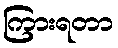
ကြားရတာ